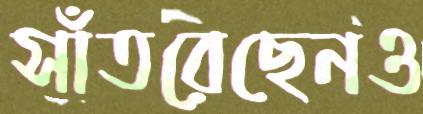
সাঁতরেছেনও